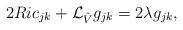
LaTeX: \begin{align*}2Ric_{jk}+\mathcal{L}_{\hat{V}} {g_{jk}}=2 \lambda g_{jk},\end{align*}